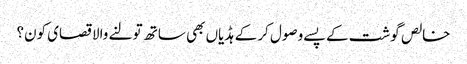
خالص گوشت کے پسے وصول کر کے ہڈیاں بھی ساتھ تولنے والا قصای کون؟